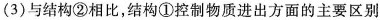
(3)与结构②相比，结构①控制物质进出方面的主要区别